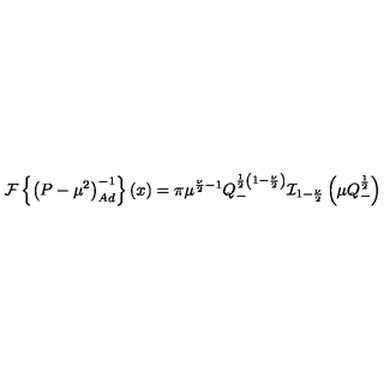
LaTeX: { \cal { F } } \left\{ \left( P - { \mu } ^ { 2 } \right) _ { A d } ^ { - 1 } \right\} ( x ) = \pi { \mu } ^ { \frac { \nu } { 2 } - 1 } Q _ { - } ^ { \frac { 1 } { 2 } \left( 1 - \frac { \nu } { 2 } \right) } { \cal { I } } _ { 1 - \frac { \nu } { 2 } } \left( \mu Q _ { - } ^ { \frac { 1 } { 2 } } \right)